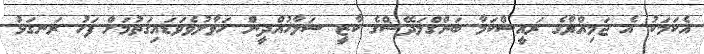
އެކަމަކު އެ ޖަމިއްޔާގެ ރައީސްކަމާ ބަންގްލަދޭޝްގެ ކާޒީ ސަލާހުއްދީން ހަވާލުވެވަޑައިގަތުމަށް ފަހު ރަނގަޅު